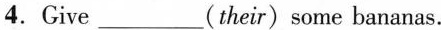
4.Give___(their)some bananas.